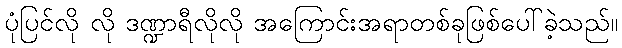
ပုံပြင်လို လို ဒဏ္ဍာရီလိုလို အကြောင်းအရာတစ်ခုဖြစ်ပေါ်ခဲ့သည်။